Studies on the mouth parts a Comparative anatomy of the proboscis in the blood-sucking muscidae - Number 60
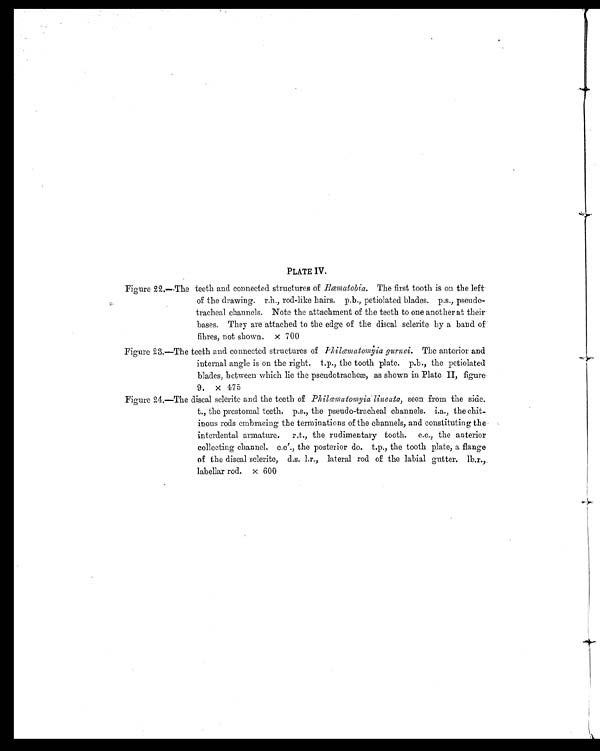
PLATE IV.
Figure 22.—The teeth and connected structures of Hæmatobia. The first tooth is on the left
of the drawing. r.h., rod-like hairs. p.b., petiolated blades. p.s., pseudo-
tracheal channels. Note the attachment of the teeth to one another at their
bases. They are attached to the edge of the discal sclerite by a band of
fibres, not shown. x 700
Figure 23.—The teeth and connected structures of Philæmatomyia gurnei. The anterior and
internal angle is on the right. t.p., the tooth plate. p.b., the petiolated
blades, between which lie the pseudotracheæ, as shown in Plate II, figure
9. x 475
Figure 24.—The discal sclerite and the teeth of Philæmatomyia lineata, seen from the side.
t., the prestomal teeth. p.s., the pseudo-tracheal channels. i.a., the chit-
inous rods embracing the terminations of the channels, and constituting the
interdental armature. r.t., the rudimentary tooth. c.c., the anterior
collecting channel. c.c'., the posterior do. t.p., the tooth plate, a flange
of the discal sclerite, d.s. l.r., lateral rod of the labial gutter. lb.r.,
labellar rod. x 600